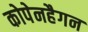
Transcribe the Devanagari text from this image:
कोपेनहैगन